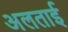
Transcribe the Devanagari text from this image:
अलताई